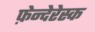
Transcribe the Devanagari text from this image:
फ़ेन्देरेस्क